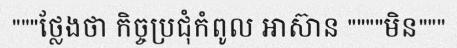
"""ថ្លែងថា កិច្ចប្រជុំកំពូល អាស៊ាន """"មិន"""